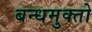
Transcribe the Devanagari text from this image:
बन्धमुक्तो